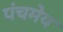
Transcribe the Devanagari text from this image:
पंचमेय